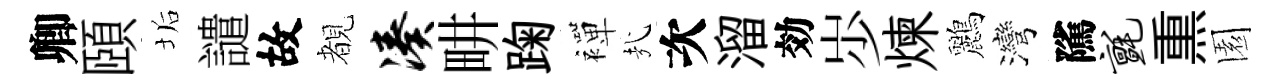
卿頤垢譴故覩凑畊踘襌㢤次溜効𡵯煉鸝灣隲毡𤋱園